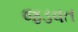
જડવત